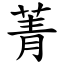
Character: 菁